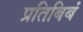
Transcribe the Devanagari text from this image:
प्रतिबिबं